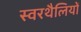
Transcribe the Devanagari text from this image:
स्वरथैलियों